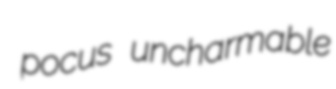
pocus uncharmable